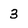
Character: 3